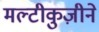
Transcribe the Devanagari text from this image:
मल्टीकुज़ीने